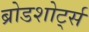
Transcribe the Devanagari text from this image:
ब्रोडशोर्ट्स